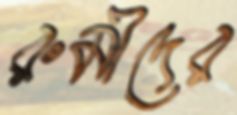
রুমীদের